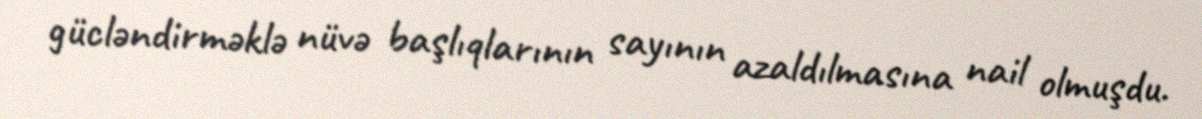
gücləndirməklə nüvə başlıqlarının sayının azaldılmasına nail olmuşdu.